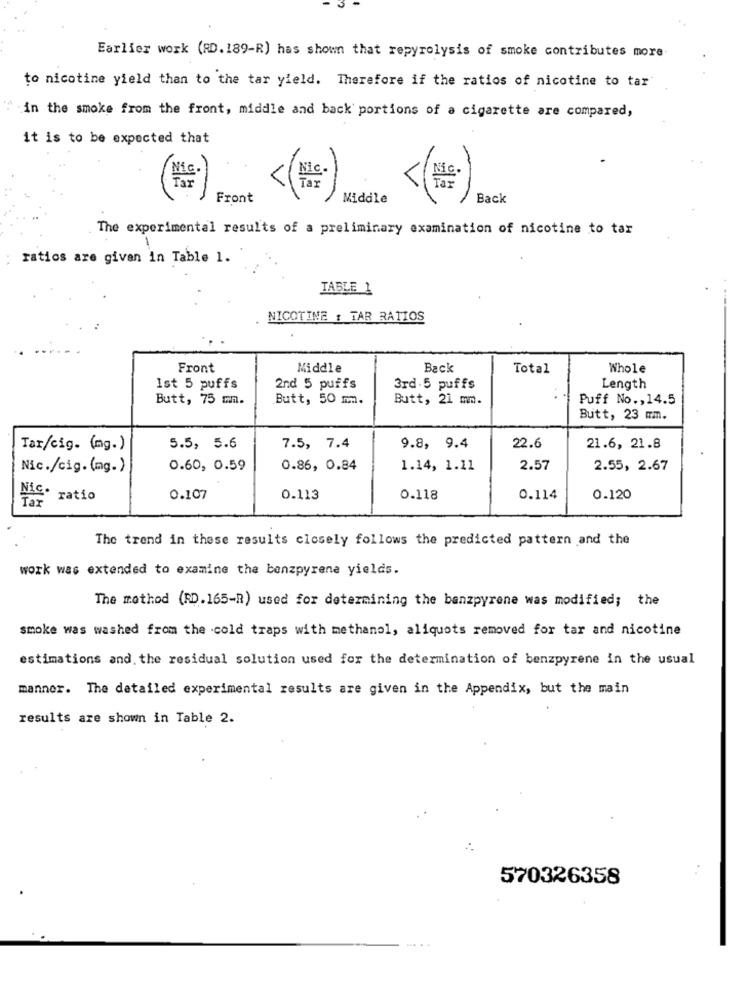
Earlier work (RD. 189-R) has shown that repyrolysis of smoke contributes more
to nicotine yield than to the tar yield. Therefore if the ratios of nicotine to tar
"" in the smoke from the front, middle and back portions of a cigarette are compared,
it is to be expected that
Front
Middle
Back
The experimental results of a preliminary examination of nicotine to tar
ratios are given in Table 1.
TABLE 1
NICOTINE : TAR RATIOS
Front
Middle
Back
Total
Whole
Ist 5 puffs
2nd 5 puffs
3rd.5 puffs
Length
Butt, 75 mm.
Butt, 50 m.
Butt, 21 mm.
Puff No ., 14.5
Butt, 23 mmm.
Tar/cig. (mg.)
5.5, 5.6
7.5, 7.4
9.8, 9.4
22.6
21.6, 21.8
Nic./cig. (mg.)
0.60, 0.59
0.86, 0.84
1.14, 1.11
2.57
2.55, 2.67
Has ratio
0.107
0.113
0.118
0.114
0.120
The trend in these results closely follows the predicted pattern and the
work was extended to examine the benzpyrene yields.
The mothod (RD. 165-R) used for determining the benzpyrene was modified; the
smoke was washed from the cold traps with methanol, aliquots removed for tar and nicotine
estimations and. the residual solution used for the determination of benzpyrene in the usual
manner. The detailed experimental results are given in the Appendix, but the main
results are shown in Table 2.
570326358